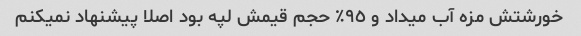
خورشتش مزه آب میداد و ٩٥٪‏ حجم قیمش لپه بود اصلا پیشنهاد نمیکنم